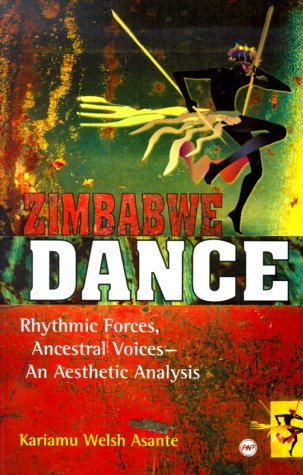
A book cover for Zimbabwe Dance: Rhythmic Forces, Ancestral Voices--An Aesthetic Analysis; Kariamu Welsh Asante; History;